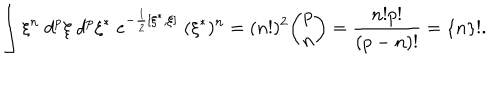
\int \xi ^ { n } \; d ^ { p } \xi \; d ^ { p } \xi ^ { * } \; e ^ { - \frac 1 2 [ \xi ^ { * } , \xi ] } \; ( \xi ^ { * } ) ^ { n } = ( n ! ) ^ { 2 } { \binom { p } { n } } = \frac { n ! p ! } { ( p - n ) ! } = \{ n \} ! .